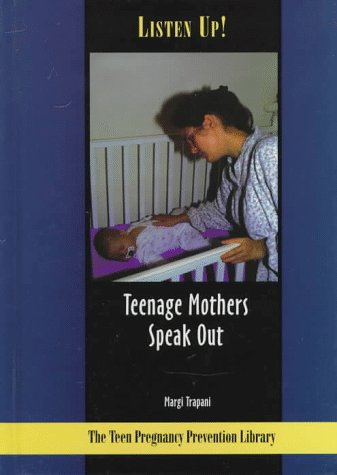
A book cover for Listen Up!: Teenage Mothers Speak Out (The Teen Pregnancy Prevention Library); Margi Trapani; Teen & Young Adult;